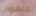
للنهوض